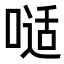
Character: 𠻉